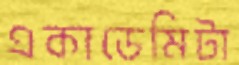
একাডেমিটা